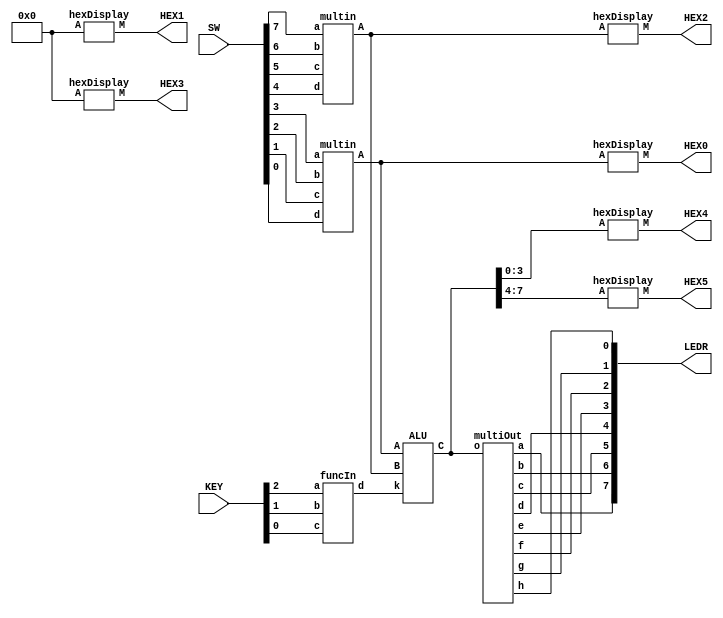
//SW[7:0] data inputs
//KEY[2:0] function inputs
//HEX0[6:0] output hexer decoder display
//HEX1[6:0] output hexer decoder display
//HEX2[6:0] output hexer decoder display
//HEX3[6:0] output hexer decoder display
//HEX4[6:0] output hexer decoder display
//HEX5[6:0] output hexer decoder display
//LEDR[7:0] output display

module part3(LEDR, SW, HEX0, HEX1, HEX2, HEX3, HEX4, HEX5 , KEY);
    input [7:0] SW;
    output [7:0] LEDR;
    output [6:0] HEX0, HEX1, HEX2, HEX3, HEX4, HEX5;
    input [2:0] KEY;
    wire [3:0] cin1;
    wire [3:0] cin0;
    wire [7:0] cout;
    wire [2:0] fin;
    
   multin i1(
        .a(SW[3]),
        .b(SW[2]),
        .c(SW[1]),
        .d(SW[0]),
        .A(cin1)
   );
   
   multin i0(
        .a(SW[7]),
        .b(SW[6]),
        .c(SW[5]),
        .d(SW[4]),
        .A(cin0)
   );
   
   funcIn f0(
        .a(KEY[2]),
        .b(KEY[1]),
        .c(KEY[0]),
        .d(fin)

   );
   
   
   multiOut o0(
        .o(cout),
        .a(LEDR[7]),
        .b(LEDR[6]),
        .c(LEDR[5]),
        .d(LEDR[4]),
        .e(LEDR[3]),        
        .f(LEDR[2]),
        .g(LEDR[1]),
        .h(LEDR[0])
   );
   
 
   hexDisplay d0(
        .A(cin1), 
        .M(HEX0[6:0])
        );

 hexDisplay d1(
        .A(4'b0000), 
        .M(HEX1[6:0])
        );


 hexDisplay d2(
        .A(cin0), 
        .M(HEX2[6:0])
        );

 hexDisplay d3(
        .A(4'b0000), 
        .M(HEX3[6:0])
        );



 hexDisplay d4(
        .A(cout[3:0]), 
        .M(HEX4[6:0])
        );

 hexDisplay d5(
        .A(cout[7:4]), 
        .M(HEX5[6:0])
        );


   ALU a0(
       .A(cin1),
       .B(cin0),
       .k(fin),
       .C(cout)
   
   );

        
endmodule

module multin(a, b, c, d, A);

input a, b, c, d;
output [3:0] A;

assign A[3] = a;
assign A[2] = b;
assign A[1] = c;
assign A[0] = d;

endmodule

module funcIn(a, b, c, d);

input a, b, c;
output [2:0] d;

assign d[2] = a;
assign d[1] = b;
assign d[0] = c;

endmodule

module multiOut(o, a, b, c, d, e, f, g, h);

input[7:0] o;
output a,b, c, d, e, f, g, h;

assign a = o[7];
assign b = o[6];
assign c = o[5];
assign d = o[4];
assign e = o[3];
assign f = o[2];
assign g = o[1];
assign h = o[0];

endmodule



module ALU(A, B, k, C);
  
input [3:0] A, B;
input [2:0] k;
output[7:0] C;
wire[7:0] cs0, cs1, cs2, cs3, cs4, cs5;
wire[3:0] uno;

assign uno = 4'b0001;



case1 cse0 (A, uno, cs0);
case1 cse1 (A, B, cs1);
case2 cse2 (A, B, cs2);
case3 cse3 (A, B, cs3);
case4 cse4 (A, B, cs4);
assign cs5[7:4] = B[3:0];
assign cs5[3:0] = A[3:0];


reg [7:0] Out;

always @(*)
begin
    case(k)
    3'b111: Out = cs0;
    3'b110: Out = cs1;
    3'b101: Out = cs2;
    3'b100: Out = cs3;
    3'b011: Out = cs4;
    3'b010: Out = cs5;
    default: Out = 8'b00000000;
    endcase
end

assign C[7:0] = Out[7:0];
endmodule



module case1(A, B, C);

input[3:0] A, B;
output[7:0] C;

wire fco2;
wire fco1;
wire fco0;

assign C[5] = 0;
assign C[6] = 0;
assign C[7] = 0;

   fullAdder u0(A[0],B[0],1'b0,C[0],fco0);
    
    fullAdder u1(A[1],B[1],fco0,C[1],fco1);
        
    fullAdder u2(A[2],B[2],fco1,C[2],fco2);
        
    fullAdder u3(A[3],B[3],fco2,C[3],C[4]);


endmodule

module case2(A, B, C);

input[3:0] A, B;
output[7:0] C;

assign C[4:0] = A + B;
assign C[5] = 1'b0;
assign C[6] = 1'b0;
assign C[7] = 1'b0;

endmodule

module case3(A, B, C);

input[3:0] A, B;
output[7:0] C;
wire[3:0] c1;
wire[3:0] c2;

assign c1 = A ^ B;
assign c2 = A | B; 

assign C[3:0] = c1[3:0];
assign C[7:4] = c2[3:0];

endmodule

module case4(A, B, C);

input[3:0] A, B;
output[7:0] C;
wire[7:0] connect;

assign connect[7:4] = A[3:0];
assign connect[3:0] = B[3:0];

reg[7:0] Out;

always @(*)
begin
    case(connect)
        8'b00000000: Out = 8'b00000000;
        default: Out = 8'b00000001;
    endcase
end

assign C[7:0] = Out[7:0];

endmodule


module fullAdder(a, b, cin, s, c);
    input a, b, cin; 
    output s, c; 
  
    assign c = a & cin | b & cin | a & b;
    assign s = b & ~a & ~cin | ~b & ~a & cin | b & a & cin | ~b & a & ~cin; 

endmodule
    
module hexDisplay(A, M);
	input [3:0] A;
	output [6:0] M;
	   
	hex0 h0(
		.d(A[0]),
		.c(A[1]),
		.b(A[2]),
		.a(A[3]),
		.m(M[0])
		);
		
	hex1 h1(
		.d(A[0]),
		.c(A[1]),
		.b(A[2]),
		.a(A[3]),
		.m(M[1])
		);

	hex2 h2(
		.d(A[0]),
		.c(A[1]),
		.b(A[2]),
		.a(A[3]),
		.m(M[2])
		);

	hex3 h3(
		.d(A[0]),
		.c(A[1]),
		.b(A[2]),
		.a(A[3]),
		.m(M[3])
		);

	hex4 h4(
		.d(A[0]),
		.c(A[1]),
		.b(A[2]),
		.a(A[3]),
		.m(M[4])
		);

	hex5 h5(
		.d(A[0]),
		.c(A[1]),
		.b(A[2]),
		.a(A[3]),
		.m(M[5])
		);

	hex6 h6(
		.d(A[0]),
		.c(A[1]),
		.b(A[2]),
		.a(A[3]),
		.m(M[6])
		);
						  			 
	   
endmodule

        
module hex0(a,b,c,d,m);
	input a;
	input b;
	input c;
	input d;
	output m;
	assign m = ~a & ~b & ~c & d | ~a & b & ~c & ~d | a & b & ~c & d | a & ~b & c & d;
endmodule



module hex1(a,b,c,d,m);
	input a;
	input b;
	input c;
	input d;
	output m;
	assign m = ~a & b & ~c & d | b & c & ~d | a & c & d | a & b & ~d;
endmodule
		 
		 
module hex2(a,b,c,d,m);
	input a;
	input b;
	input c;
	input d;
	output m;
	assign m = ~a & ~b & c & ~d | a & b & ~d | a & b & c;
endmodule 



module hex3(a,b,c,d,m);
	input a;
	input b;
	input c;
	input d;
	output m;
	assign m = ~b & ~c & d | ~a & b & ~c & ~d | b & c & d | a & ~b & c & ~d;
endmodule


module hex4(a,b,c,d,m);
	input a;
	input b;
	input c;
	input d;
	output m;
	assign m = ~a & d | ~a & b & ~c | ~b & ~c & d ;
endmodule 




module hex5(a,b,c,d,m);
	input a;
	input b;
	input c;
	input d;
	output m;
	assign m = ~a & ~b & d | ~a & ~b & c | ~a & c & d | a & b & ~c & d;
endmodule 




module hex6(a,b,c,d,m);
	input a;
	input b;
	input c;
	input d;
	output m;
	assign m = ~a & ~b & ~c | ~a & b & c & d | a & b & ~c & ~d;
endmodule